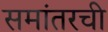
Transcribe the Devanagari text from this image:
समांतरची